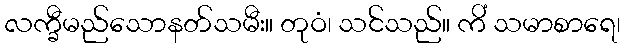
လက္ခီမည်သောနတ်သမီး။ တုဝံ၊ သင်သည်။ ကိံ သမာစာရေ၊